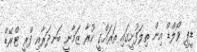
ޑީޕީ ވޯލްޑް އިން ތިލަފުށީގައި ތަރައްގީ ކުރާ ޒަމާނީ ބަނދަރާއި ފްރީ ޓްރޭޑް